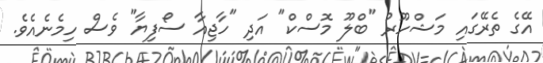
އޭގެ ތެރޭގައި މަޝްހޫރު "ބްލޫ މޮސްކް" އަދި "ހާޖިއާ ސޯފިޔާ" ވެސް ހިމެނެއެވެ.